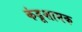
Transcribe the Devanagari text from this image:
कंडूशामक